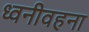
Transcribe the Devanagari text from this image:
ध्वनीवहना